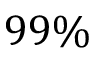
9 9 \%